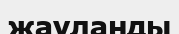
жауланды